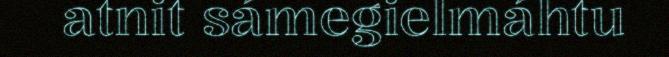
atnit sámegielmáhtu